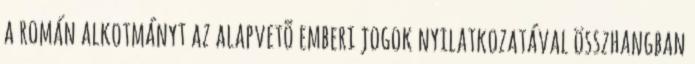
a román alkotmányt az alapvetõ emberi jogok nyilatkozatával összhangban